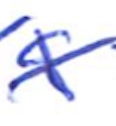
Text: a
Cross-out: cross
Writing tool: ballpoint